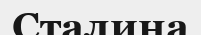
Сталина